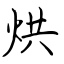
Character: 烘